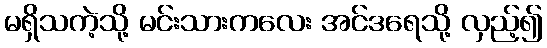
မရှိသကဲ့သို့ မင်းသားကလေး အင်ဒရေသို့ လှည့်၍